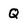
Character: Q